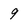
Character: 9